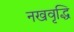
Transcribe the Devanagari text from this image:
नखवृद्धि